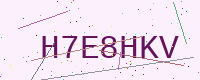
Text: H7E8HKV